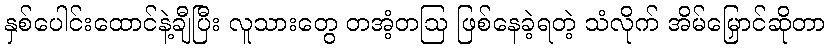
နှစ်ပေါင်းထောင်နဲ့ချီပြီး လူသားတွေ တအံ့တဩ ဖြစ်နေခဲ့ရတဲ့ သံလိုက် အိမ်မြှောင်ဆိုတာ